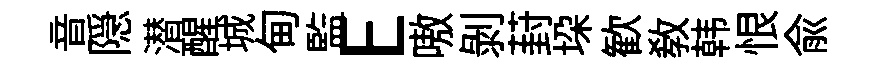
音隠潜醒城甸監E嗷剥葑垜歓教韩恨兪